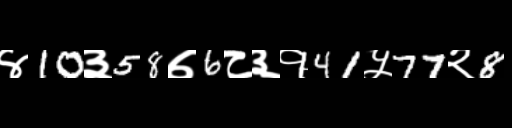
Text: ४10३58७6८३१41५77२8